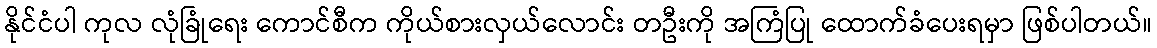
နိုင်ငံပါ ကုလ လုံခြုံရေး ကောင်စီက ကိုယ်စားလှယ်လောင်း တဦးကို အကြံပြု ထောက်ခံပေးရမှာ ဖြစ်ပါတယ်။